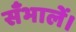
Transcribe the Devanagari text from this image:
सँभालें।